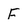
Character: F